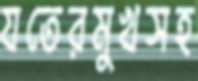
যতেরমুখসহ